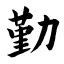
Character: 勤